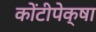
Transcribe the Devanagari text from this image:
कोंटीपेक्षा